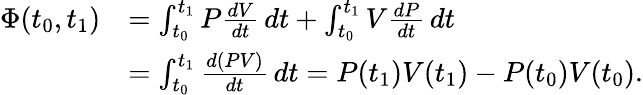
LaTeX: {\begin{array}{rl}{\Phi(t_{0},t_{1})}&{=\int_{t_{0}}^{t_{1}}P{\frac{dV}{dt}}\, dt+\int_{t_{0}}^{t_{1}}V{\frac{dP}{dt}}\, dt}\\ &{=\int_{t_{0}}^{t_{1}}{\frac{d(PV)}{dt}}\, dt=P(t_{1})V(t_{1})-P(t_{0})V(t_{0}).}\end{array}}